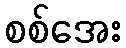
စစ်အေး